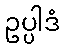
ဥပ္ပါဒံ